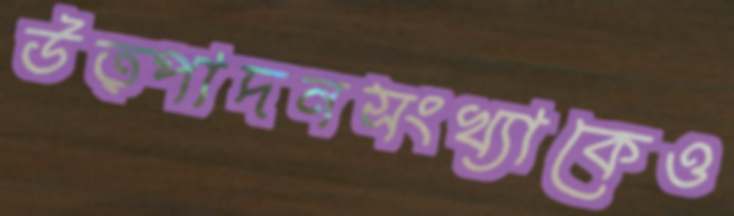
উত্পাদনসংখ্যাকেও